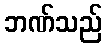
ဘဏ်သည်